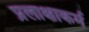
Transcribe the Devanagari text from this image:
प्रलाक्षाकर्म